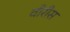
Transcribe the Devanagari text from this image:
वीरीस